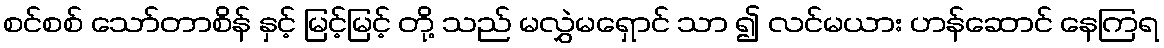
စင်စစ် သော်တာစိန် နှင့် မြင့်မြင့် တို့ သည် မလွှဲမရှောင် သာ ၍ လင်မယား ဟန်ဆောင် နေကြရ